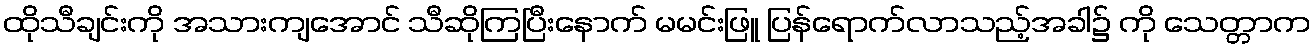
ထိုသီချင်းကို အသားကျအောင် သီဆိုကြပြီးနောက် မမင်းဖြူ ပြန်ရောက်လာသည့်အခါ၌ ကို သေတ္တာက